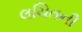
લચિતની